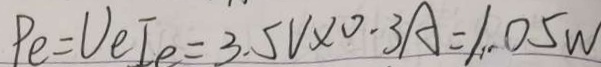
P _ { e } = U e I e = 3 . 5 V \times 0 . 3 A = 1 . 0 5 W